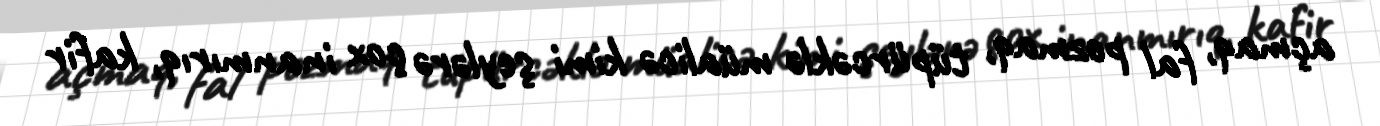
açmaq, fal pozmaq, tüpürcəklə müalicə kimi şeylərə çox inanmırıq, kafir